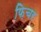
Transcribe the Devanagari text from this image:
फ़िचर